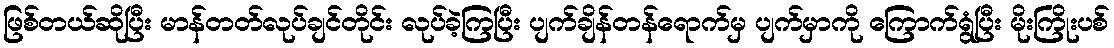
ဖြစ်တယ်ဆိုပြီး မာန်တတ်လုပ်ချင်တိုင်း လုပ်ခဲ့ကြပြီး ပျက်ချိန်တန်ရောက်မှ ပျက်မှာကို ကြောက်ရွံပြီး မိုးကြိုးပစ်